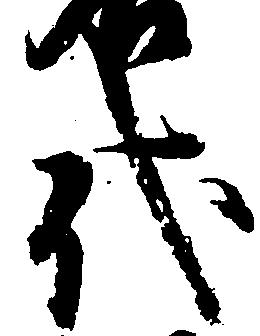
代